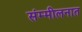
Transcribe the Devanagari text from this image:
संम्मीलनात